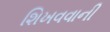
શિખવવાની